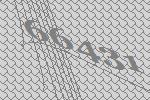
66431